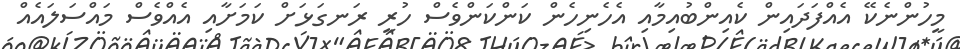
މީހުންނެކޭ އެއްފަދައިން ކެއިންބުއިމާއި އެހެނިހެން ކަންކަންވެސް ހުރީ ރަނގަޅަށް ކަމަށާއި އެއްވެސް މައްސަލައެއް